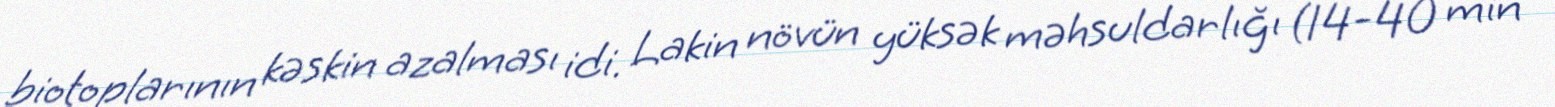
biotoplarının kəskin azalması idi. Lakin növün yüksək məhsuldarlığı (14-40 min